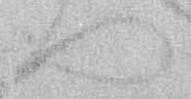
へ